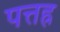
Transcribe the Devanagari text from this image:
पत्तह्र